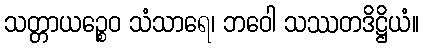
သတ္တာယဉ္စေဝ သံသာရေ၊ ဘဝေါ သဿတဒိဋ္ဌိယံ။